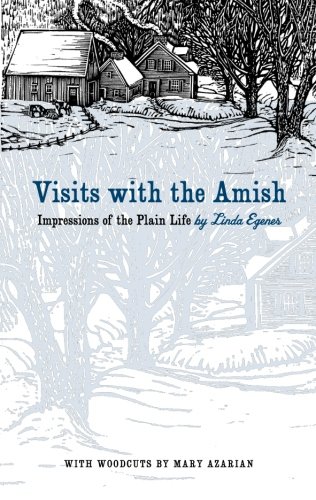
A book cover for Visits with the Amish: Impressions of the Plain Life (Bur Oak Book); Linda Egenes; Christian Books & Bibles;